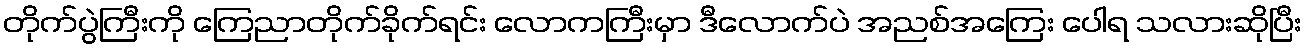
တိုက်ပွဲကြီးကို ကြေညာတိုက်ခိုက်ရင်း လောကကြီးမှာ ဒီလောက်ပဲ အညစ်အကြေး ပေါရ သလားဆိုပြီး